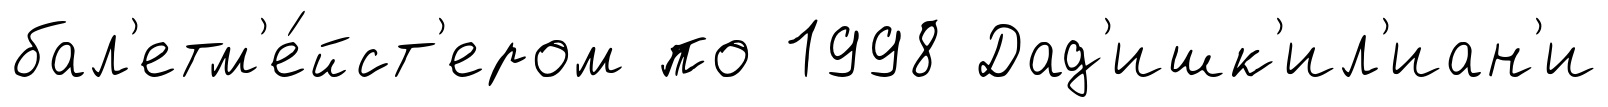
бал'етм'е́йст'ером по 1998 Дад'ишк'ил'иан'и